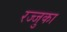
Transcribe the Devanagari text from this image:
रज्जुका